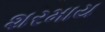
શરમાય